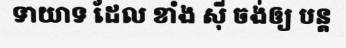
ទាយាទ ដែល ខាំង ស៊ី ចង់ឲ្យ បន្ត